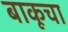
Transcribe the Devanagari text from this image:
बाकूचा